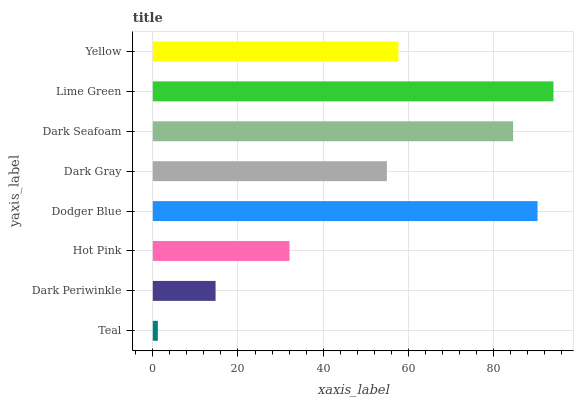
| yaxis_label | bars |
 | --- | --- |
 | Teal | 1.18 |
 | Dark Periwinkle | 14.7 |
 | Hot Pink | 32.1 |
 | Dodger Blue | 90.4 |
 | Dark Gray | 55 |
 | Dark Seafoam | 84.6 |
 | Lime Green | 94.1 |
 | Yellow | 57.7 |